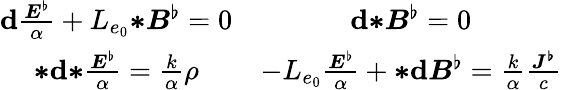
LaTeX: \begin{array}{cc}{\mathbf{d}\frac{\boldsymbol{E}^{\flat}}{\alpha}+L_{e_{0}}{\boldsymbol{*}}\boldsymbol{B}^{\flat}=0}&{\mathbf{d}{\boldsymbol{*}}\boldsymbol{B}^{\flat}=0}\\ {{\boldsymbol{*}}\mathbf{d}{\boldsymbol{*}}\frac{\boldsymbol{E}^{\flat}}{\alpha}=\frac{k}{\alpha}\rho}&{-L_{e_{0}}\frac{\boldsymbol{E}^{\flat}}{\alpha}+{\boldsymbol{*}}\mathbf{d}\boldsymbol{B}^{\flat}=\frac{k}{\alpha}\frac{\boldsymbol{J^{\flat}}}{c}}\end{array}